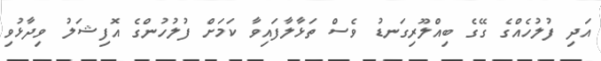
އަދި ފުލުހެއްގެ ގޭގެ ބިއްލޫރިގަނޑު ވެސް ތަޅާލާފައިވާ ކަމަށް ފުލުހުންގެ އޮފިޝަލު ވިދާޅުވި